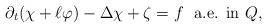
LaTeX: \begin{align*} \partial_t(\chi + \ell \varphi) - \Delta \chi + \zeta = f \ \ \textrm{a.e. in $Q$,} \end{align*}